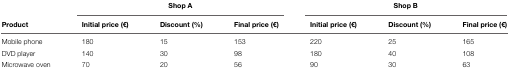
<table><thead><tr><td></td><td colspan="3"><b>Shop A</b></td><td colspan="3"><b>Shop B</b></td></tr><tr><td><b>Product</b></td><td><b>Initial price (€)</b></td><td><b>Discount (%)</b></td><td><b>Final price (€)</b></td><td><b>Initial price (€)</b></td><td><b>Discount (%)</b></td><td><b>Final price (€)</b></td></tr></thead><tbody><tr><td>Mobile phone</td><td>180</td><td>15</td><td>153</td><td>220</td><td>25</td><td>165</td></tr><tr><td>DVD player</td><td>140</td><td>30</td><td>98</td><td>180</td><td>40</td><td>108</td></tr><tr><td>Microwave oven</td><td>70</td><td>20</td><td>56</td><td>90</td><td>30</td><td>63</td></tr></tbody></table>